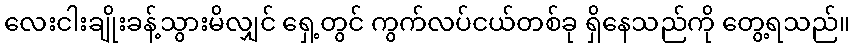
လေးငါးချိုးခန့်သွားမိလျှင် ရှေ့တွင် ကွက်လပ်ငယ်တစ်ခု ရှိနေသည်ကို တွေ့ရသည်။